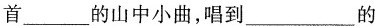
首___的山中小曲，唱到___的